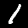
Digit: 1